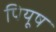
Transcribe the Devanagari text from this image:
पियूष